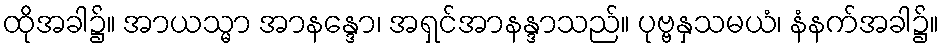
ထိုအခါ၌။ အာယသ္မာ အာနန္ဒော၊ အရှင်အာနန္ဒာသည်။ ပုဗ္ဗနှသမယံ၊ နံနက်အခါ၌။